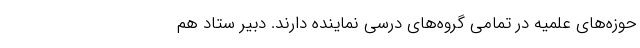
حوزه‌های علمیه در تمامی گروه‌های درسی نماینده دارند. دبیر ستاد هم